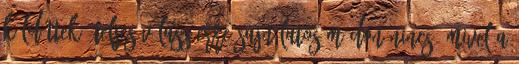
küldöttek. Teljes válasz erre sajnálatos módon nincs, mivel a